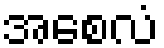
အစေလံ